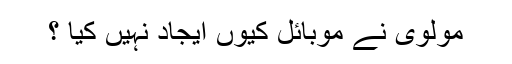
مولوی نے موبائل کیوں ایجاد نہیں کیا ؟